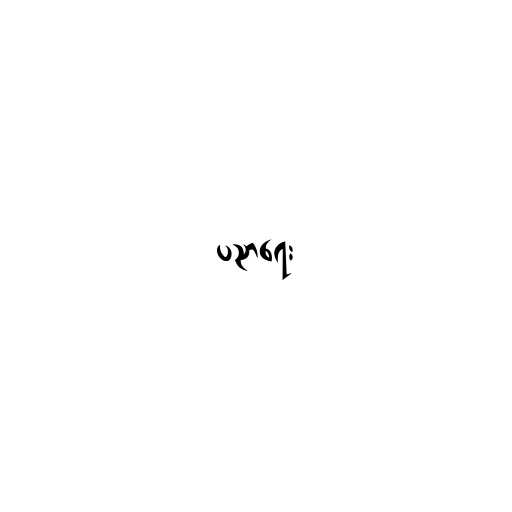
ပညာရေး